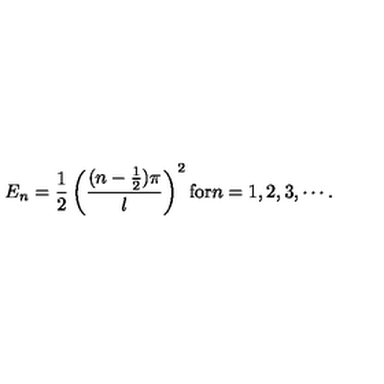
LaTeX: E _ { n } = \frac { 1 } { 2 } \left( \frac { ( n - \frac { 1 } { 2 } ) \pi } { l } \right) ^ { 2 } \mathrm { f o r } n = 1 , 2 , 3 , \cdots .